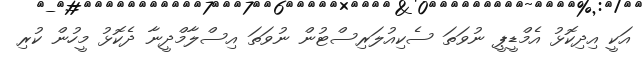
އަކީ އިދިކޮޅު އެމްޑީޕީ ނުވަތަ ސެކިއުލަރިސްޓުން ނުވަތަ އިސްލާމްދީނާ ދެކޮޅު މީހުން ކުރި